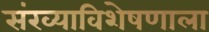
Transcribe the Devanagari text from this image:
संख्याविशेषणाला